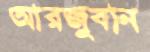
আরজুবান